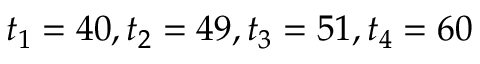
t _ { 1 } = 4 0 , t _ { 2 } = 4 9 , t _ { 3 } = 5 1 , t _ { 4 } = 6 0